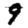
Digit: 9